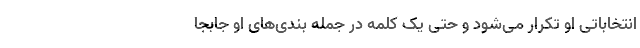
انتخاباتی او تکرار می‌شود و حتی یک کلمه در جمله بندی‌های او جابجا